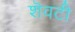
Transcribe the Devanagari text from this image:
शॆवटी